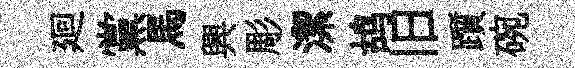
廻黨馬興彫潔鸪旧躓碗